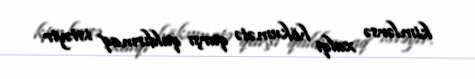
kimlərsə xalqı hökumətə qarşı qaldırmaq istəyir.